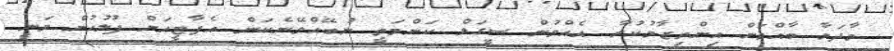
މާދަމާ ބާއްވަން އިންތިޒާމުކުރާ އެއްވުން ސީގަލް ކަންމަތީ ނުބޭއްވޭނެކަން އެޕާޓީއަށް ފުލުހުން ވަނީ